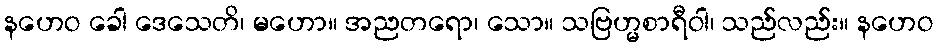
နဟေဝ ခေါ ဒေသေတိ၊ မဟော။ အညတရော၊ သော။ သဗြဟ္မစာရီဝါ၊ သည်လည်း။ နဟေဝ